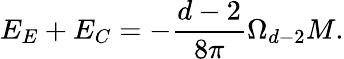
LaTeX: E_{E}+E_{C}=-\frac{d-2}{8\pi}\Omega_{d-2}M.